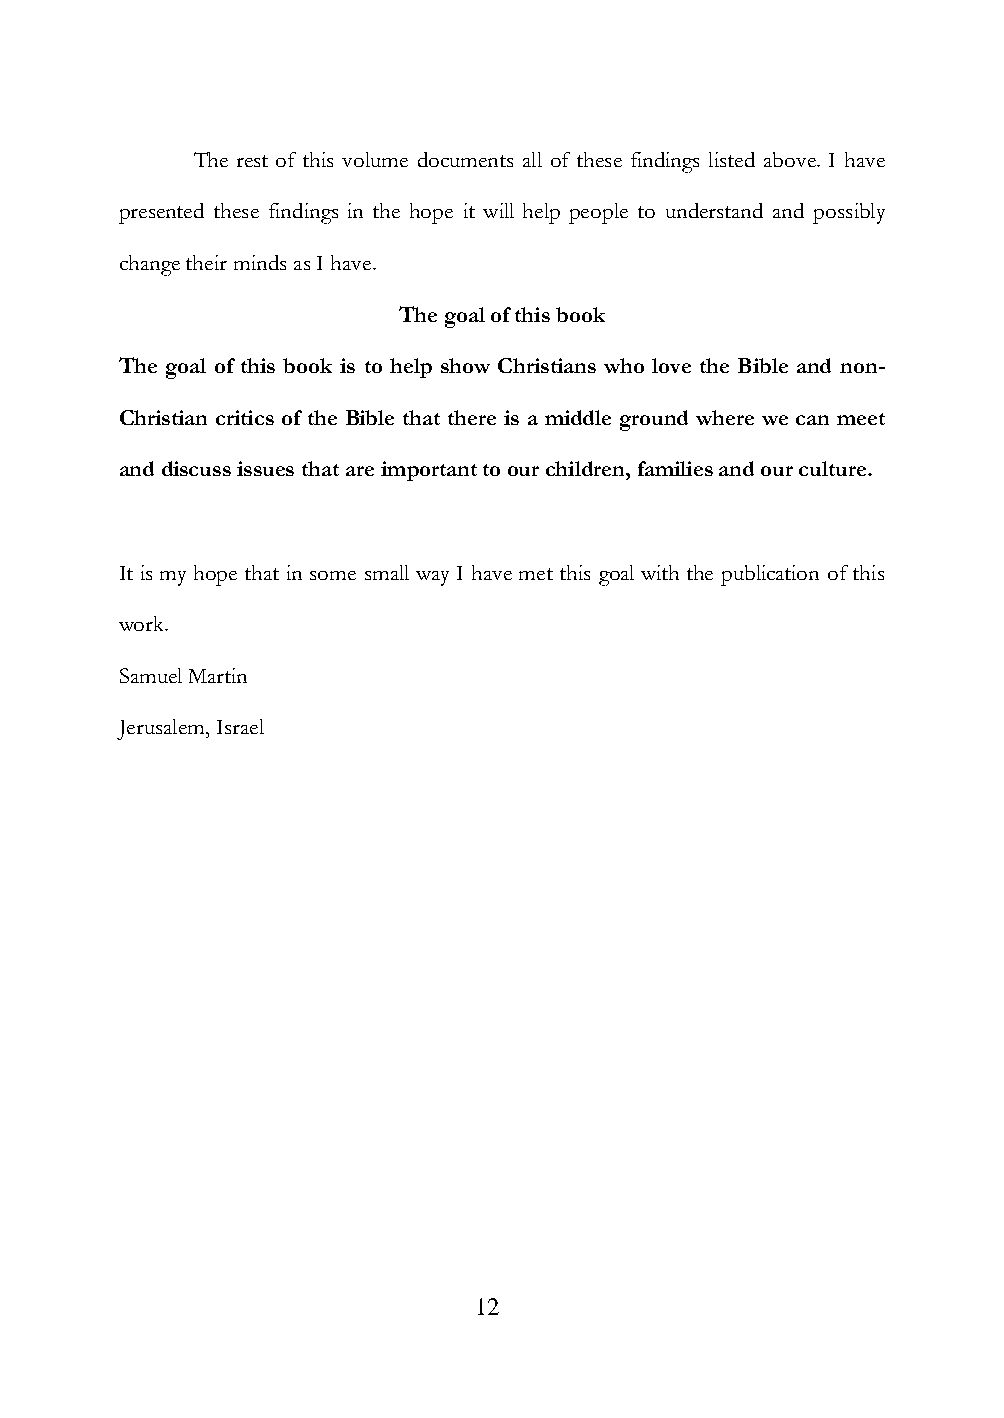
The rest of this volume documents all of these findings listed above. I have
 presented these findings in the hope it will help people to understand and possibly
 change their minds as I have.
 The goal of this book
 The goal of this book is to help show Christians who love the Bible and non-
 Christian critics of the Bible that there is a middle ground where we can meet
 and discuss issues that are important to our children, families and our culture.
 It is my hope that in some small way I have met this goal with the publication of this
 work.
 Samuel Martin
 Jerusalem, Israel
 12